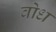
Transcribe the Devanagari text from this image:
वोध